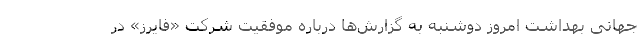
جهانی بهداشت امروز دوشنبه به گزارش‌ها درباره موفقیت شرکت «فایرز» در